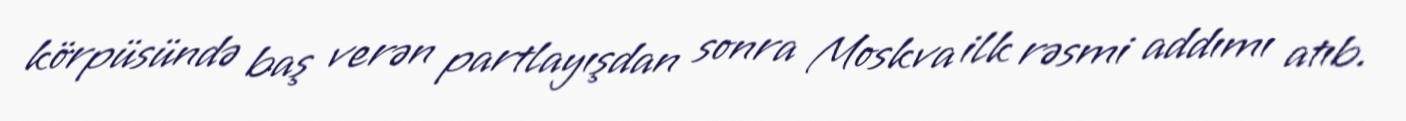
körpüsündə baş verən partlayışdan sonra Moskva ilk rəsmi addımı atıb.